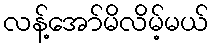
လန့်အော်မိလိမ့်မယ်